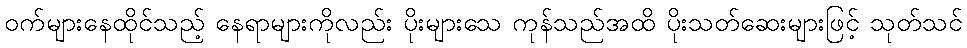
ဝက်များနေထိုင်သည့် နေရာများကိုလည်း ပိုးများသေ ကုန်သည်အထိ ပိုးသတ်ဆေးများဖြင့် သုတ်သင်